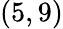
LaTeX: (5,9)